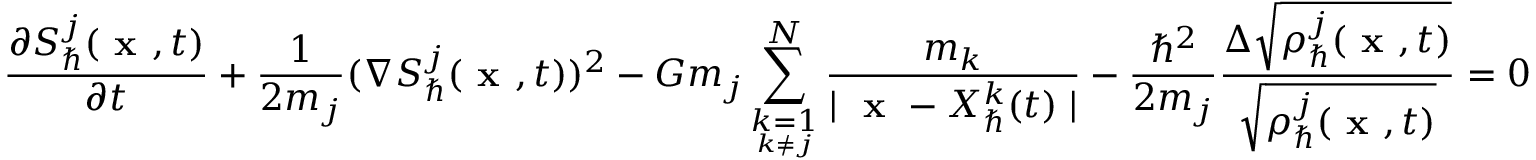
\frac { \partial S _ { \hbar } ^ { j } ( \textbf { x } , t ) } { \partial t } + \frac { 1 } { 2 m _ { j } } ( \nabla S _ { \hbar } ^ { j } ( \textbf { x } , t ) ) ^ { 2 } - G m _ { j } \sum _ { \underset { k \neq j } { k = 1 } } ^ { N } \frac { m _ { k } } { \mid \textbf { x } - X _ { \hbar } ^ { k } ( t ) \mid } - \frac { \hbar ^ { 2 } } { 2 m _ { j } } \frac { \Delta \sqrt { \rho _ { \hbar } ^ { j } ( \textbf { x } , t ) } } { \sqrt { \rho _ { \hbar } ^ { j } ( \textbf { x } , t ) } } = 0